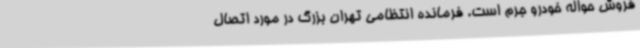
فروش حواله خودرو جرم است. فرمانده انتظامی تهران بزرگ در مورد اتصال